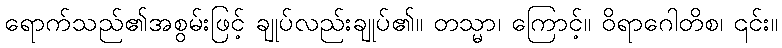
ရောက်သည်၏အစွမ်းဖြင့် ချုပ်လည်းချုပ်၏။ တသ္မာ၊ ကြောင့်။ ဝိရာဂေါတိစ၊ ၎င်း။